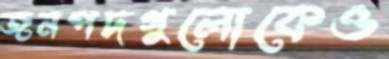
জনপদগুলোকেও